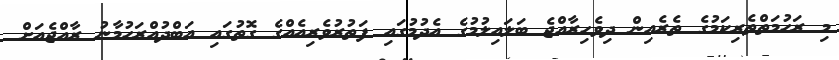
މި ރަހުމަތްތެރިކަމުގެ ތެރެއިން ދިވެހިރާއްޖެ ބަލައިލުމުގެ އެދުމުގައި ފަތުރުވެރިއެއްގެ ގޮތުގައި އަބްދުއްރަހުމާނު ރާއްޖެއަށް